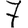
Digit: 7